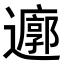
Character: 𮟜